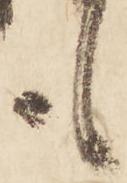
も